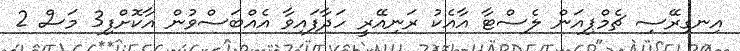
އިނގިރޭސި ޗެމްޕިއަން ލެސްޓާ އާއެކު ރަނިއޭރީ ހަދާފައިވާ އެއްބަސްވުން އާކޮށްފި3 މަސް 2